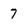
Character: 7